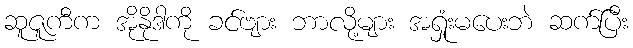
ဆူဇူကီက အိုနိုဒါကို ခင်ဗျား ဘာလို့များ အရှုံးမပေးဘဲ ဆက်ပြီး